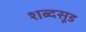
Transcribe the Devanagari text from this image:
शब्दसूड